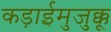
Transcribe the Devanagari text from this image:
कड़ाईमुजुक्कू